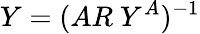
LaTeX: Y=(AR~Y^{A})^{-1}